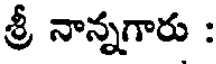
శ్రీ నాన్నగారు :